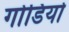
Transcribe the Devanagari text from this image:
गोडियो